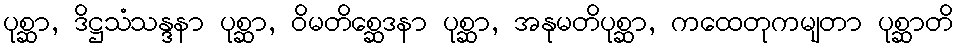
ပုစ္ဆာ, ဒိဋ္ဌသံသန္ဒနာ ပုစ္ဆာ, ဝိမတိစ္ဆေဒနာ ပုစ္ဆာ, အနုမတိပုစ္ဆာ, ကထေတုကမျတာ ပုစ္ဆာတိ